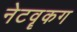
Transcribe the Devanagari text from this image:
नेटवॄकग